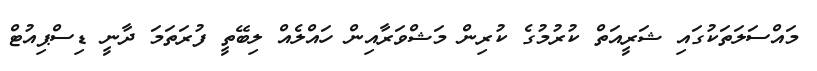
މައްސަލަތަކުގައި ޝަރީއަތް ކުރުމުގެ ކުރިން މަޝްވަރާއިން ހައްލެއް ލިބޭތީ ފުރަތަމަ ދާނީ ޑިސްޕިއުޓް